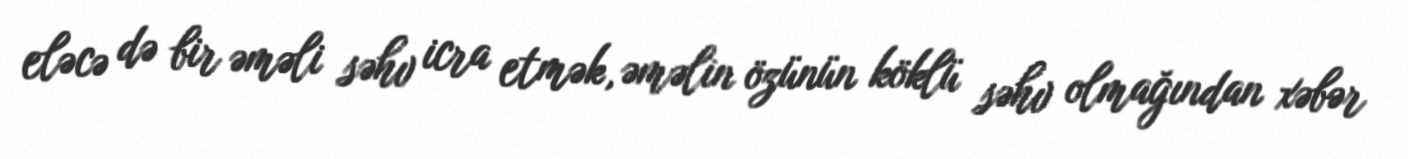
eləcə də bir əməli səhv icra etmək, əməlin özünün köklü səhv olmağından xəbər